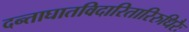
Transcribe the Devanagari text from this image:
दन्ताघातविदारितारिरुधिरैः